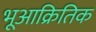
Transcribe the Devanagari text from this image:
भूआक्रितिक